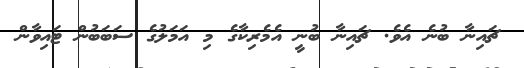
ޗައިނާ ބުނެ އެވެ. ޗައިނާ ބުނީ އެމެރިކާގެ މި އަމަލުގެ ސަބަބުން ޓައިވާން